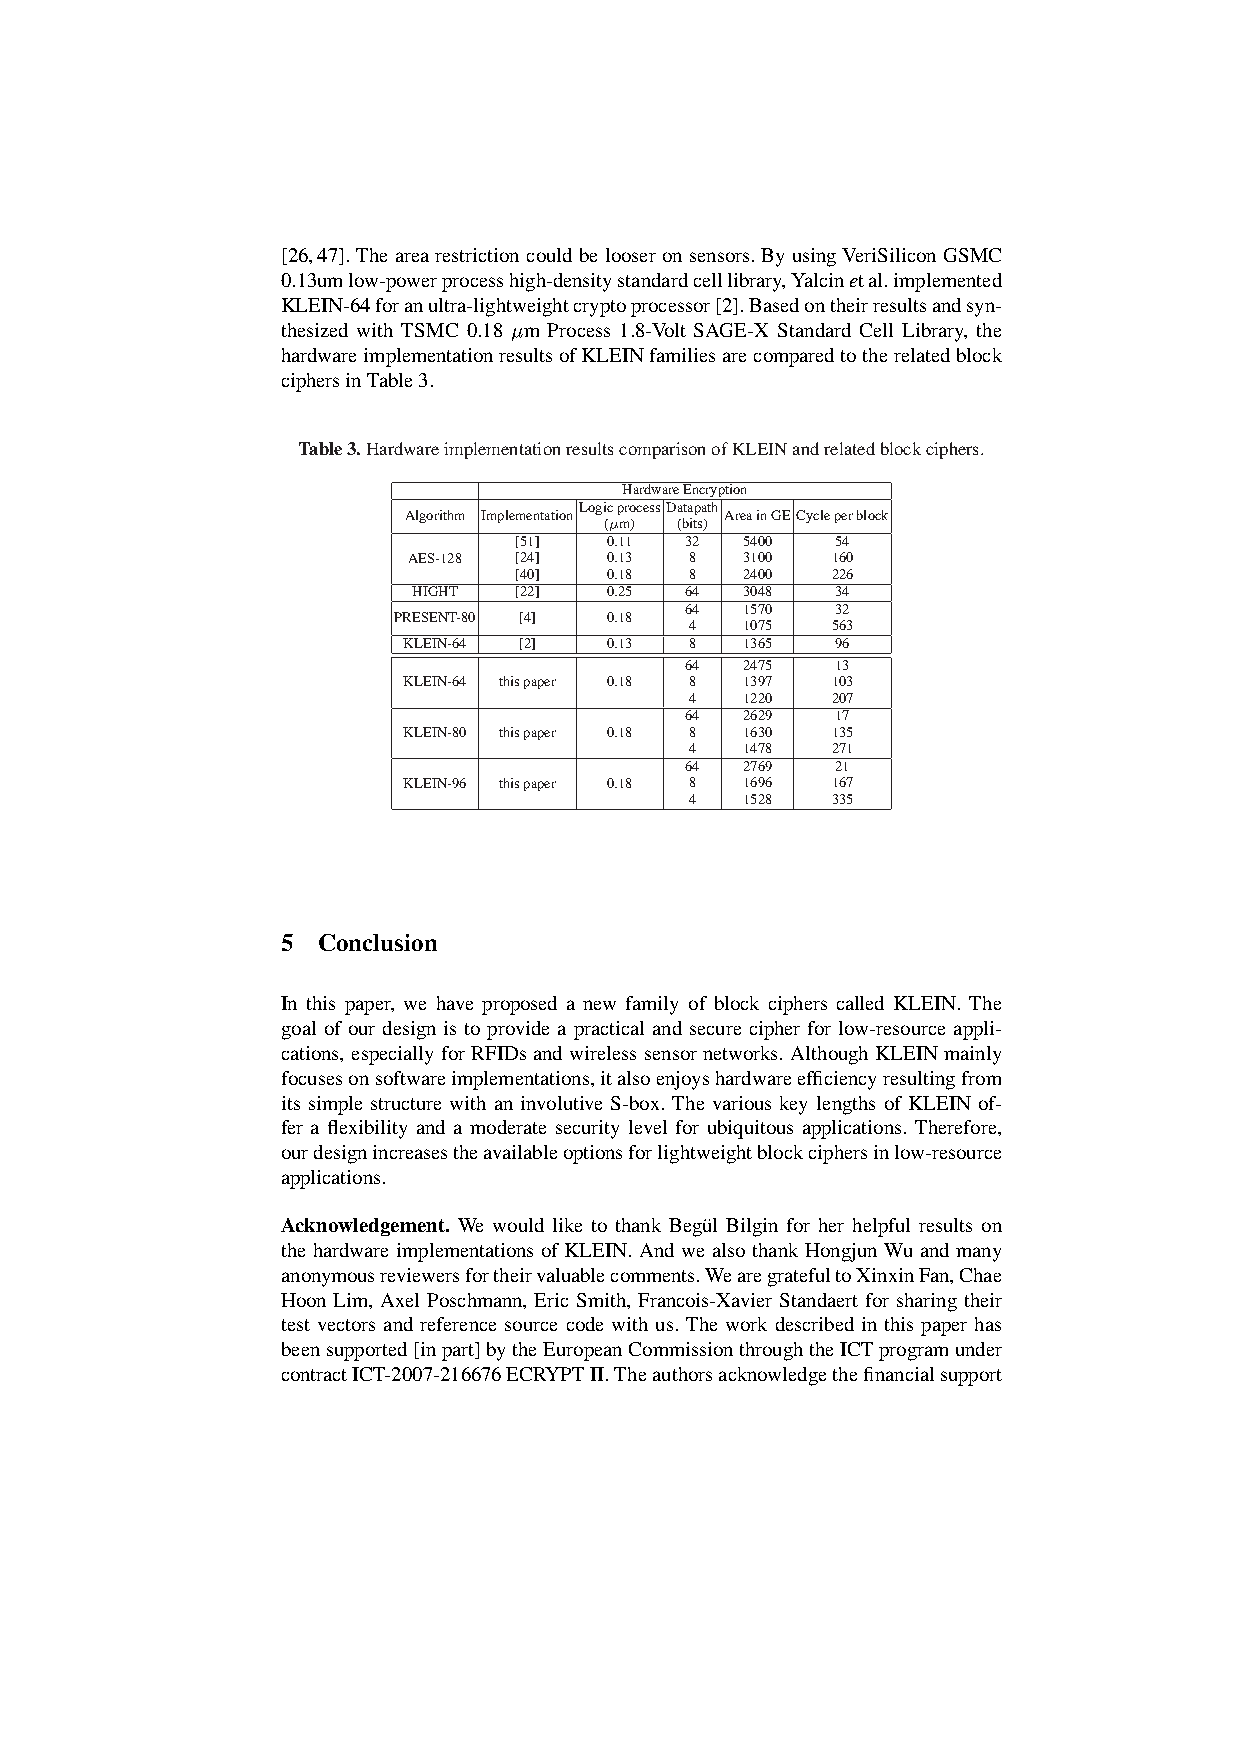
[26,47]. The area restriction could be looser on sensors. By using VeriSilicon GSMC
 0.13umlow-powerprocesshigh-densitystandardcelllibrary,Yalcinetal.implemented
 KLEIN-64foranultra-lightweightcryptoprocessor[2].Basedontheirresultsandsyn-
 thesized with TSMC 0.18 µm Process 1.8-Volt SAGE-X Standard Cell Library, the
 hardwareimplementationresultsofKLEINfamiliesarecomparedtotherelatedblock
 ciphersinTable3.
 Table3.HardwareimplementationresultscomparisonofKLEINandrelatedblockciphers.
 HardwareEncryption
 LogicprocessDatapath
 Algorithm Implementation AreainGECycleperblock
 (µm) (bits)
 [51]  0.11 32  5400  54
 AES-128 [24] 0.13  8  3100  160
 [40]  0.18  8  2400  226
 HIGHT  [22]  0.25 64  3048  34
 64  1570  32
 PRESENT-80 [4] 0.18
 4  1075  563
 KLEIN-64 [2] 0.13  8  1365  96
 64  2475  13
 KLEIN-64 thispaper 0.18 8 1397 103
 4  1220  207
 64  2629  17
 KLEIN-80 thispaper 0.18 8 1630 135
 4  1478  271
 64  2769  21
 KLEIN-96 thispaper 0.18 8 1696 167
 4  1528  335
 5 Conclusion
 In this paper, we have proposed a new family of block ciphers called KLEIN. The
 goal of our design is to provide a practical and secure cipher for low-resource appli-
 cations, especially for RFIDs and wireless sensor networks. Although KLEIN mainly
 focusesonsoftwareimplementations,italsoenjoyshardwareefficiencyresultingfrom
 its simple structure with an involutive S-box. The various key lengths of KLEIN of-
 fer a flexibility and a moderate security level for ubiquitous applications. Therefore,
 ourdesignincreasestheavailableoptionsforlightweightblockciphersinlow-resource
 applications.
 Acknowledgement. We would like to thank Begu¨l Bilgin for her helpful results on
 the hardware implementations of KLEIN. And we also thank Hongjun Wu and many
 anonymousreviewersfortheirvaluablecomments.WearegratefultoXinxinFan,Chae
 Hoon Lim, Axel Poschmann, Eric Smith, Francois-Xavier Standaert for sharing their
 test vectors and reference source code with us. The work described in this paper has
 beensupported[inpart]bytheEuropeanCommissionthroughtheICTprogramunder
 contractICT-2007-216676ECRYPTII.Theauthorsacknowledgethefinancialsupport